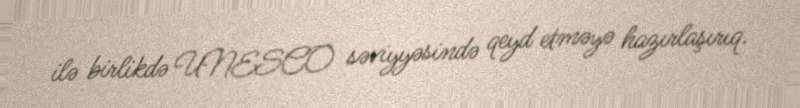
ilə birlikdə UNESCO səviyyəsində qeyd etməyə hazırlaşırıq.